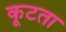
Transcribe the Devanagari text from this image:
कूटता